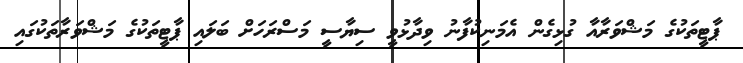
ޕާޓީތަކުގެ މަޝްވަރާއާ ގުޅިގެން އެމަނިކުފާނު ވިދާޅުވީ ސިޔާސީ މަސްރަހަށް ބަލައި ޕާޓީތަކުގެ މަޝްވަރާތަކުގައި